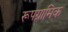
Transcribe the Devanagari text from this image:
रूपग्रामिक